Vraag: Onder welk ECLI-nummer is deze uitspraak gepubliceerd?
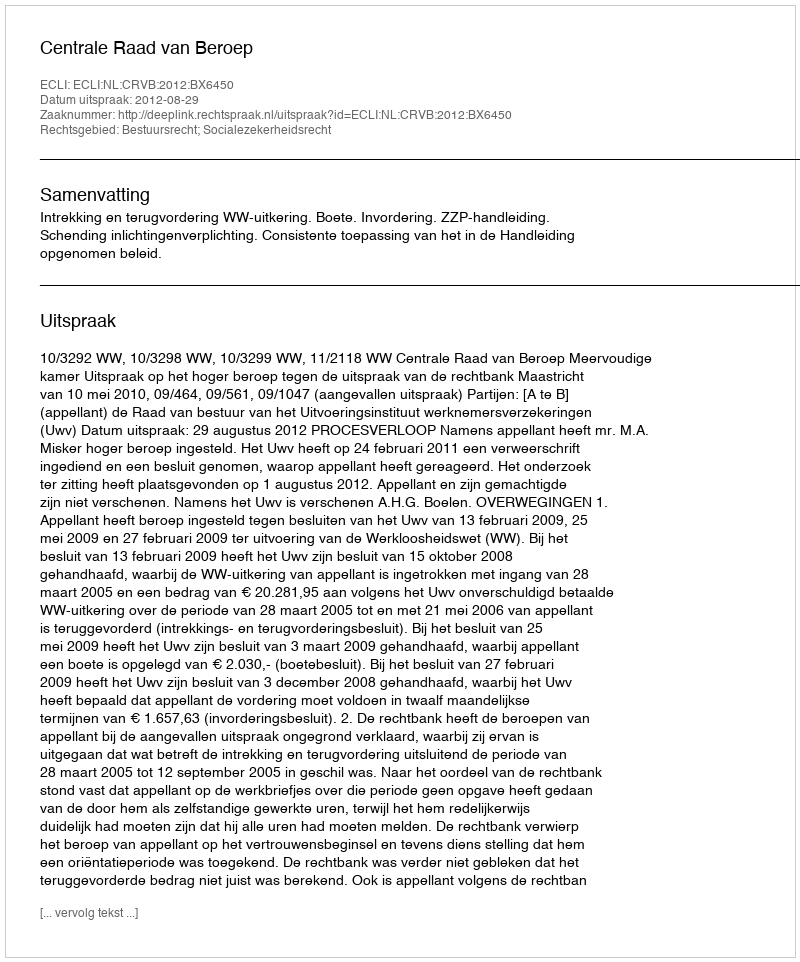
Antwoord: ECLI:NL:CRVB:2012:BX6450